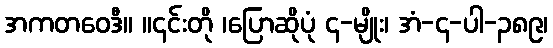
အကတဝေဒီ။ ။၎င်းတို ၊ပြောဆိုပုံ ၄-မျိုး၊ အံ-၄-ပါ-၃၈၉၊